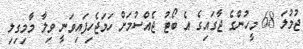
ޖުމުލަ 68 މީހުންގެ ޖާގައިގެ އެ ބޯޓު ޖެއްސުމަށް ހަމަޖެހިފައިވަނީ ވިލާ މާމިގިލި